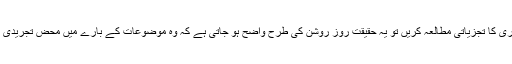
اگر ہم سعودعثمانی کی شاعری کا تجزیاتی مطالعہ کریں تو یہ حقیقت روز روشن کی طرح واضح ہو جاتی ہے کہ وہ موضوعات کے بارے میں محض تجریدی بیان پر انحصار نہیں کرتے۔